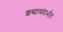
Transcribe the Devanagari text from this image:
शब्दासंदर्भात